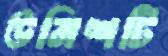
উনিশটি